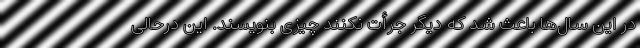
در این سال‌ها باعث شد که دیگر جرأت نکنند چیزی بنویسند. این درحالی